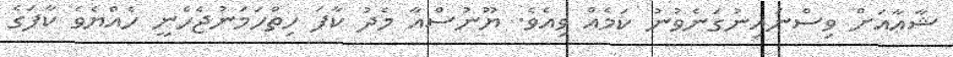
ޝާޢާއަށް ވިސްނައިނުގަނެވުނު ކަމެއް ވިއެވެ. ޔޫނުސްއާ މެދު ކާފަ ހިތްހަމަނުޖެހެނީ ހެއްޔެވެ ކާފަގެ